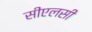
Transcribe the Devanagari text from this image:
सीएलसी